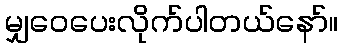
မျှဝေပေးလိုက်ပါတယ်နော်။